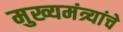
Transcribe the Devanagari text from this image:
मुख्यमंत्र्यांचे